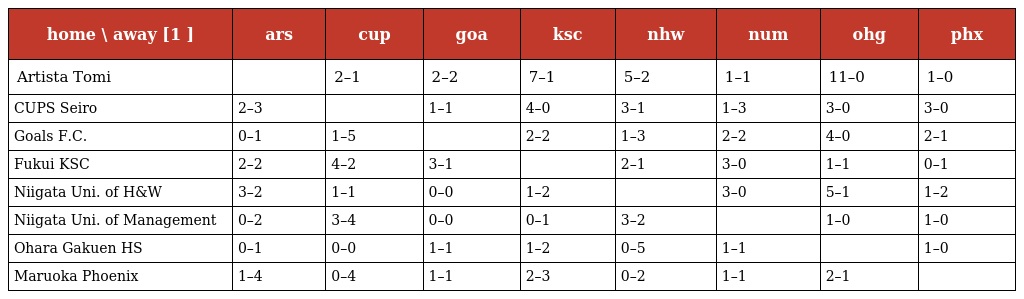
| home \ away [1 ] | ars | cup | goa | ksc | nhw | num | ohg | phx |
 | --- | --- | --- | --- | --- | --- | --- | --- | --- |
 | Artista Tomi |  | 2–1 | 2–2 | 7–1 | 5–2 | 1–1 | 11–0 | 1–0 |
 | CUPS Seiro | 2–3 |  | 1–1 | 4–0 | 3–1 | 1–3 | 3–0 | 3–0 |
 | Goals F.C. | 0–1 | 1–5 |  | 2–2 | 1–3 | 2–2 | 4–0 | 2–1 |
 | Fukui KSC | 2–2 | 4–2 | 3–1 |  | 2–1 | 3–0 | 1–1 | 0–1 |
 | Niigata Uni. of H&W | 3–2 | 1–1 | 0–0 | 1–2 |  | 3–0 | 5–1 | 1–2 |
 | Niigata Uni. of Management | 0–2 | 3–4 | 0–0 | 0–1 | 3–2 |  | 1–0 | 1–0 |
 | Ohara Gakuen HS | 0–1 | 0–0 | 1–1 | 1–2 | 0–5 | 1–1 |  | 1–0 |
 | Maruoka Phoenix | 1–4 | 0–4 | 1–1 | 2–3 | 0–2 | 1–1 | 2–1 |  |